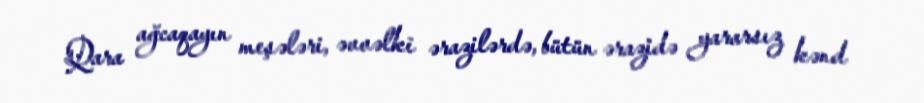
Qara ağcaqayın meşələri, əvvəlki ərazilərdə, bütün ərazidə yararsız kənd